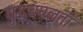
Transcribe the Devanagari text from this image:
युद्धचपलता